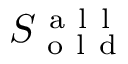
S _ { \mathrm { ~ o ~ l ~ d ~ } } ^ { \mathrm { ~ a ~ l ~ l ~ } }